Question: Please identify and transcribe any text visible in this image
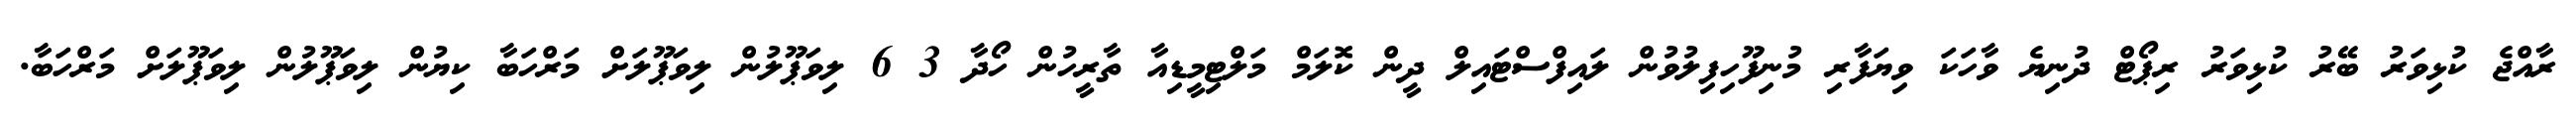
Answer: ރާއްޖެ ކުޅިވަރު ބޭރު ކުޅިވަރު ރިޕޯޓް ދުނިޔެ ވާހަކަ ވިޔަފާރި މުނިފޫހިފިލުވުން ލައިފްސްޓައިލް ދީން ކޮލަމް މަލްޓިމީޑިއާ ތާރީހުން ހޯދާ 3 6 ލިވަޕޫލުން ލިވަޕޫލަށް މަރްހަބާ ކިޔުން ލިވަޕޫލުން ލިވަޕޫލަށް މަރްހަބާ.